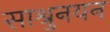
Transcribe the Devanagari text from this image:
साश्रुनयन